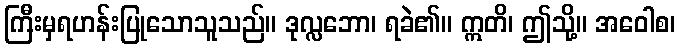
ကြီးမှရဟန်းပြုသောသူသည်။ ဒုလ္လဘော၊ ရခဲ၏။ ဣတိ၊ ဤသို့။ အဝေါစ၊